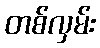
တစ်လှမ်း